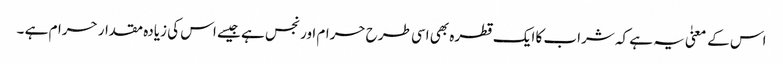
اس کے معنیٰ یہ ہے کہ شراب کا ایک قطرہ بھی اسی طرح حرام اور نجس ہے جیسے اس کی زیادہ مقدار حرام ہے ۔